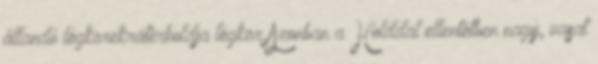
állandó légkörekráterholdja légkör Azonban a Holddal ellentétben nagy, vasat